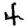
Digit: 4